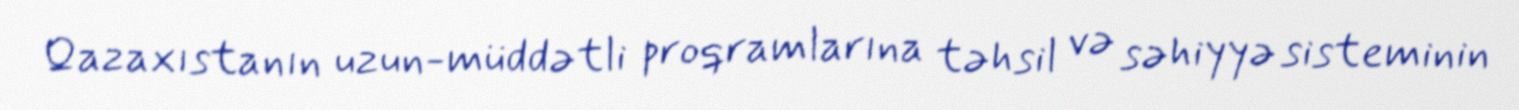
Qazaxıstanın uzun-müddətli proqramlarına təhsil və səhiyyə sisteminin